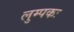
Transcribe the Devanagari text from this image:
लुम्पकः